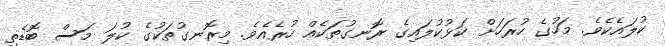
ކުލައެކެވެ. މަހުގެ ހުރަހަށް ކަޅުކުލައިގެ ރޮނގުތަކެއް ހުރެއެވެ. މިރޮނގުތަކުގެ ކުލަ މަސް ބޮޑެތި